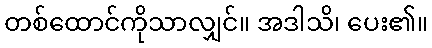
တစ်ထောင်ကိုသာလျှင်။ အဒါသိ၊ ပေး၏။